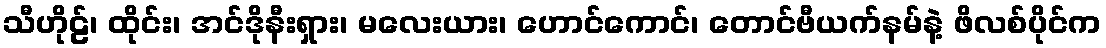
သီဟိုဠ်၊ ထိုင်း၊ အင်ဒိုနီးရှား၊ မလေးယား၊ ဟောင်ကောင်၊ တောင်ဗီယက်နမ်နဲ့ ဖိလစ်ပိုင်က